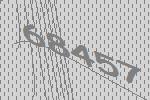
68457